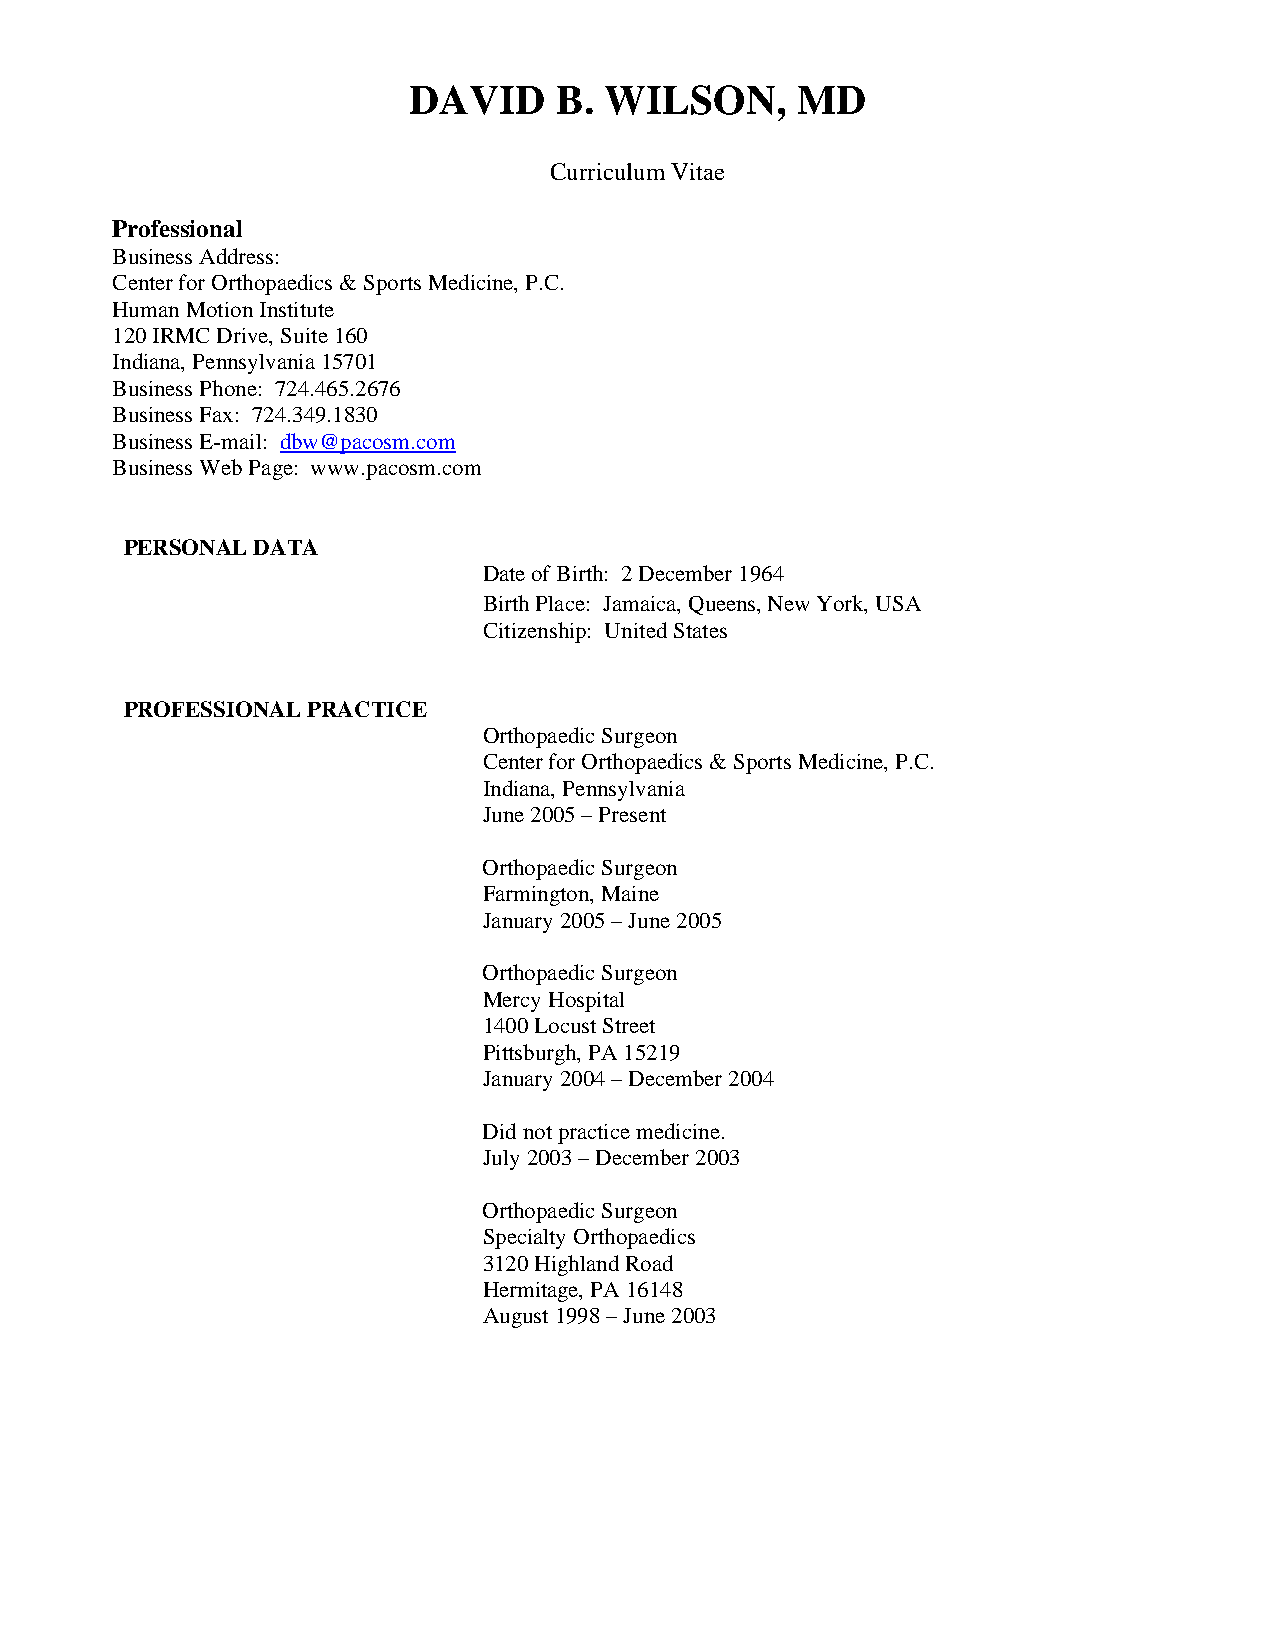
DAVID     B. WILSON,      MD
 Curriculum Vitae
 Professional
 Business Address:
 Center for Orthopaedics & Sports Medicine, P.C.
 Human Motion Institute
 120 IRMC Drive, Suite 160
 Indiana, Pennsylvania 15701
 Business Phone: 724.465.2676
 Business Fax: 724.349.1830
 Business E-mail: dbw@pacosm.com
 Business Web Page: www.pacosm.com
 PERSONAL DATA
 Date of Birth: 2 December 1964
 Birth Place: Jamaica, Queens, New York, USA
 Citizenship: United States
 PROFESSIONAL PRACTICE
 Orthopaedic Surgeon
 Center for Orthopaedics & Sports Medicine, P.C.
 Indiana, Pennsylvania
 June 2005 – Present
 Orthopaedic Surgeon
 Farmington, Maine
 January 2005 – June 2005
 Orthopaedic Surgeon
 Mercy Hospital
 1400 Locust Street
 Pittsburgh, PA 15219
 January 2004 – December 2004
 Did not practice medicine.
 July 2003 – December 2003
 Orthopaedic Surgeon
 Specialty Orthopaedics
 3120 Highland Road
 Hermitage, PA 16148
 August 1998 – June 2003